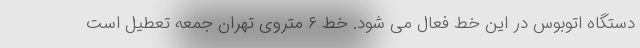
دستگاه اتوبوس در این خط فعال می شود. خط ۶ متروی تهران جمعه تعطیل است